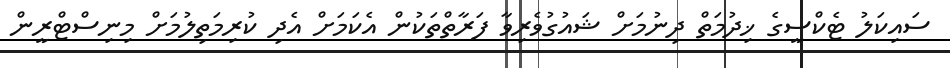
ސައިކަލު ޓެކްސީގެ ޚިދުމަތް ދިނުމަށް ޝައުގުވެރިވާ ފަރާތްތަކުން އެކަމަށް އެދި ކުރިމަތިލުމަށް މިނިސްޓްރީން